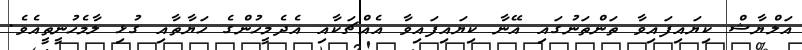
އަލްޔާޝް ކިޔައިފައިވާ ތަންތަނުގައި އޭނާ ކިޔައިފައިވާ އެއްޗަކާއި އެދެމީހުންގެ ހަޔާތާއި ގުޅި ލާމެހުނީތީއެވެ.